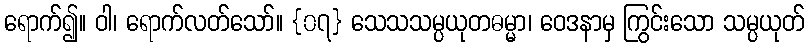
ရောက်၍။ ဝါ၊ ရောက်လတ်သော်။ {၀၇} သေသသမ္ပယုတဓမ္မာ၊ ဝေဒနာမှ ကြွင်းသော သမ္ပယုတ်